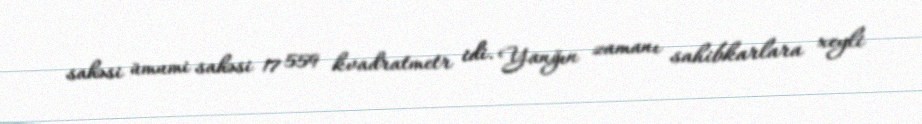
sahəsi ümumi sahəsi 17 559 kvadratmetr idi. Yanğın zamanı sahibkarlara xeyli